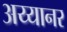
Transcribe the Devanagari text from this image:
अय्यानर